Report on the cultivation and use of ganja
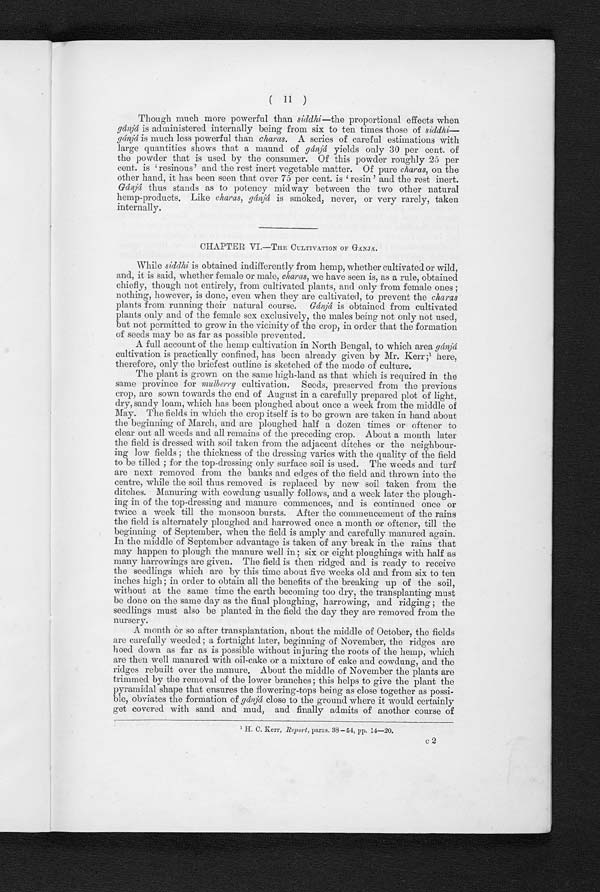
(11)
Though much more powerful than siddhi—the proportional effects when
gánjá is administered internally being from six to ten times those of siddhi-
gánjá is much less powerful than charas. A series of careful estimations with
large quantities shows that a maund of gánjá yields only 30 per cent. of
the powder that is used by the consumer. Of this powder roughly 25 per
cent. is 'resinous' and. the rest inert vegetable matter. Of pure charas, on the
other hand, it has been seen that over 75 per cent. is 'resin' and the rest inert.
Gánjá thus stands as to potency midway between the two other natural
hemp-products. Like charas, gánjá is smoked, never, or very rarely, taken
internally.
CHAPTER VI.—THE CULTIVATION OF GÁNJÁ.
While siddhi is obtained indifferently from hemp, whether cultivated or wild,
and, it is said, whether female or male, charas, we have seen is, as a rule, obtained
chiefly, though not entirely, from cultivated plaints, and only from female ones ;
nothing, however, is done, even when they are cultivated, to prevent the charas
plants from running their natural course. Gánjá is obtained from cultivated
plants only and of the female sex exclusively, the males being not only not used,
but not permitted to grow in the vicinity of the crop, in order that the formation.
of seeds may be as far as possible prevented.
A full account of the hemp cultivation in North Bengal, to which area gá njá
cultivation is practically confined, has been already given by Mr. Kerr ; 1 h e r e ,
therefore, only the briefest outline is sketched of the mode of culture.
The plant is grown on the same high-land as that which is required in the
same province for mulberry cultivation. Seeds, preserved from the previous
crop, are sown towards the end of August in a carefully prepared plot of light,
d r y ,
s a n d y
l o a m , w h i c h h a s b e e n p l o u g h e d a b o u t o n c e a w e e k f r o m t h e m i d d l e o fM
a y . T h e f i e l d s
i n
w h i c h t h e c r o p i t s e l f i s t o b e g r o w n a r e t a k e n i n h a n d a b o u t
the beginning of March, and are ploughed half a dozen times or oftener to
clear out all weeds and all remains of the preceding crop. About a month later
the field is dressed with soil taken from the adjacent ditches or the neighbour-
ing low fields ; the thickness of the dressing varies with the quality of the field
to be tilled ; for the top-dressing only surface soil is used. The weeds and turf
are next removed from the banks and edges of the field and thrown into the
centre, while the soil thus removed is replaced by new soil taken from the
ditches. Manuring with cowdung usually follows, and a week later the plough-
ing in of the top-dressing and manure commences, and is continued once or
twice a week till the monsoon bursts. After the commencement of the rains
the field is alternately ploughed and harrowed once a month or oftener, till the
beginning of September, when the field is amply and carefully manured again.
In the middle of September advantage is taken of any break in the rains that
may happen to plough the manure well in; six or eight ploughings with half as
many harrowings are given. The field is then ridged and is ready to receive
the seedlings which are by this time about five weeks old and from six to ten
inches high; in order to obtain all the benefits of the breaking up of tine soil,
without at the same time the earth becoming too dry, the transplanting must
be done on the same day as the final ploughing, harrowing, and ridging the
seedlings must also be planted in the field the day they are removed from the
nursery.
A month or so after transplantation, about the middle of October, the fields
are carefully weeded ; a fortnight later, beginning of November, the ridges are
hoed clown as far as is possible without injuring the roots of the hemp, which
are then well manured with oil-cake or a mixture of cake and cowdung, and the
ridges rebuilt over the manure. About the middle of November the plants are
trimmed by the removal of the lower branches ; this helps to give the plant the
pyramidal shape that ensures the flowering-tops being as close together as possi-
ble, obviates the formation of gánjá close to the ground where it would certainly
get covered with sand and mud, and finally admits of another course of
1
H
C . K e r r ,
R e p o r t
, p a r a s .
3 8 — 5 4 ,
p p .
1 4 - 2 0 .